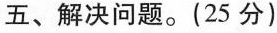
五、解决问题。(25分)